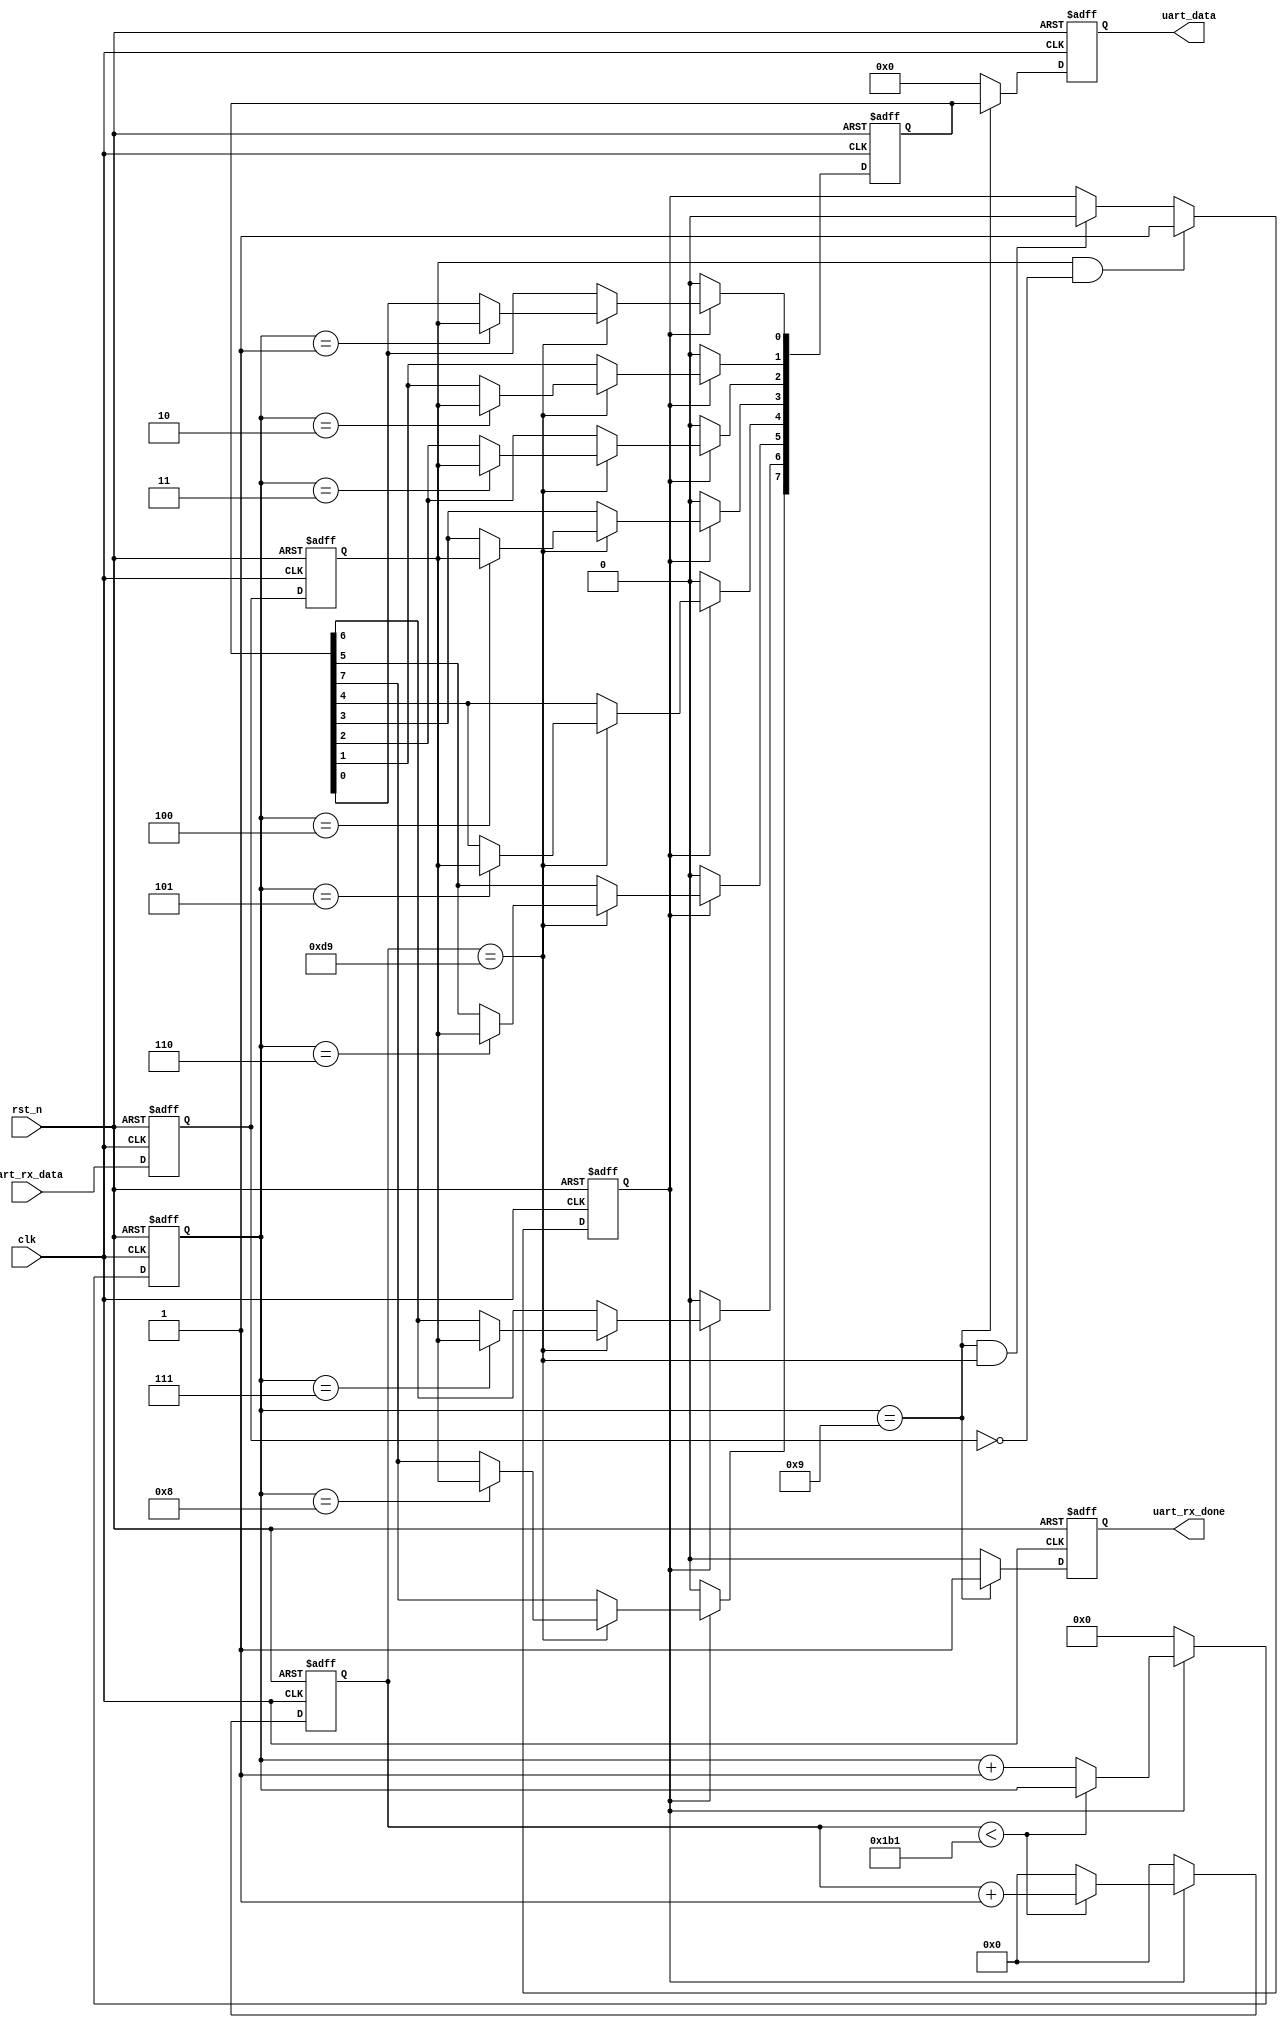
module uart_rx(

    input               clk,
    input               rst_n,
    
    input               uart_rx_data,
    
    output  reg [7 : 0] uart_data,
    output  reg         uart_rx_done 
);

parameter   CLK_FREQ   = 50000000;
parameter   UART_BPS  = 115200;
localparam  BPS_CNT   = CLK_FREQ / UART_BPS;

reg [15 : 0] clk_cnt;  /**/
reg [3  : 0] rx_cnt;   /**/
reg [ 7 : 0] rxdata;   /**/

reg rx_flag;           /**/

reg uart_rx_d0;
reg uart_rx_d1;

wire       start_flag;
assign  start_flag = uart_rx_d1 & (~uart_rx_d0);  


/* ---- */
always @(posedge clk or negedge rst_n)begin
    if(!rst_n)begin
    uart_rx_d0 <= 1'b0;
    uart_rx_d1 <= 1'b0;
    end
    else begin
       uart_rx_d0 <= uart_rx_data;
       uart_rx_d1 <= uart_rx_d0;    
    end

end
  

//UART

/*,*/
always @(posedge clk or negedge rst_n)begin
   if(!rst_n)
     rx_flag <= 1'b0;
   else begin
     if(start_flag)
       rx_flag <= 1'b1;
      else if((rx_cnt == 4'd9) && (clk_cnt == BPS_CNT/2)) /*9bit*/
       rx_flag <= 1'b0;
      else
       rx_flag <= rx_flag;
   end

end


/**/
always @(posedge clk or negedge rst_n)begin
     if(!rst_n) begin
      clk_cnt <= 16'd0;
      rx_cnt  <= 4'd0 ;
     end 
     else if(rx_flag)begin
        if(clk_cnt < BPS_CNT - 1)begin
           clk_cnt <= clk_cnt + 1'd1;
           rx_cnt  <= rx_cnt;
        end
        else begin
          clk_cnt <= 16'd0;
          rx_cnt <= rx_cnt + 1'd1;
        end
     end
     else begin
        clk_cnt <= 16'd0;
        rx_cnt  <= 4'd0;
     end

end

/**/
always @(posedge clk or negedge rst_n)begin
  if(!rst_n)
  rxdata <= 8'd0;
  else if(rx_flag)begin
      if(clk_cnt == BPS_CNT / 2)begin
         /**/
         case(rx_cnt)
         4'd1: rxdata[0] <= uart_rx_d1;
         4'd2: rxdata[1] <= uart_rx_d1;
         4'd3: rxdata[2] <= uart_rx_d1;
         4'd4: rxdata[3] <= uart_rx_d1;
         4'd5: rxdata[4] <= uart_rx_d1;
         4'd6: rxdata[5] <= uart_rx_d1;
         4'd7: rxdata[6] <= uart_rx_d1;
         4'd8: rxdata[7] <= uart_rx_d1;
         default: ;
         endcase
      
      end
      
      else 
      rxdata <= rxdata;
    end
    else 
      rxdata <= 8'd0;
end

/**/
always @(posedge clk or negedge rst_n)begin
    if(!rst_n )begin
    uart_data <= 8'd0;
    uart_rx_done <= 1'b0;
    end
    else if(rx_cnt == 4'd9)begin
       uart_data <= rxdata;
       uart_rx_done <= 1'b1;
    end
    else begin
       uart_data <= 8'd0;
       uart_rx_done <= 1'b0;
    end 
      

end
endmodule